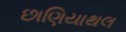
છાણિયાથલ